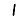
Digit: 1